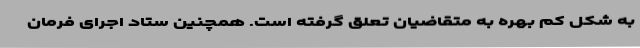
به شکل کم بهره به متقاضیان تعلق گرفته است. همچنین ستاد اجرای فرمان